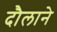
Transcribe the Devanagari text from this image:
दौलाने